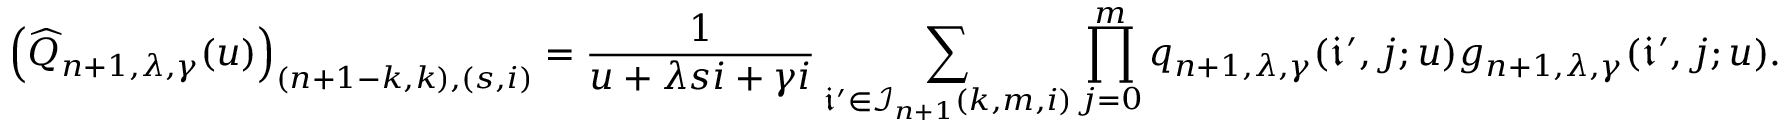
\left( \widehat { Q } _ { n + 1 , \lambda , \gamma } ( u ) \right) _ { ( n + 1 - k , k ) , ( s , i ) } = \frac { 1 } { u + \lambda s i + \gamma i } \sum _ { \mathfrak { i } ^ { \prime } \in \mathcal { I } _ { n + 1 } ( k , m , i ) } \prod _ { j = 0 } ^ { m } q _ { n + 1 , \lambda , \gamma } ( \mathfrak { i } ^ { \prime } , j ; u ) g _ { n + 1 , \lambda , \gamma } ( \mathfrak { i } ^ { \prime } , j ; u ) .